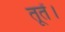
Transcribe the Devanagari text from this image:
तूतें।